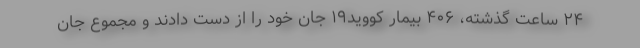
۲۴ ساعت گذشته، ۴۰۶ بیمار کووید۱۹ جان خود را از دست دادند و مجموع جان